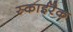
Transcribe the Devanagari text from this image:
स्काईरैक